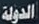
الدولة